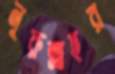
নূরুল্লাহর